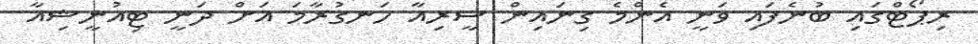
ރިޕޯޓްގައި ބުނެފައި ވަނީ އެންމެ ގިނައިން ސީރިއާ ހަނގުރާމަ އަށް ދަނީ ޓިއުނީޝިއާ